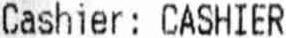
CASHIER : CASHIER